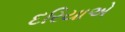
દરિયાએ